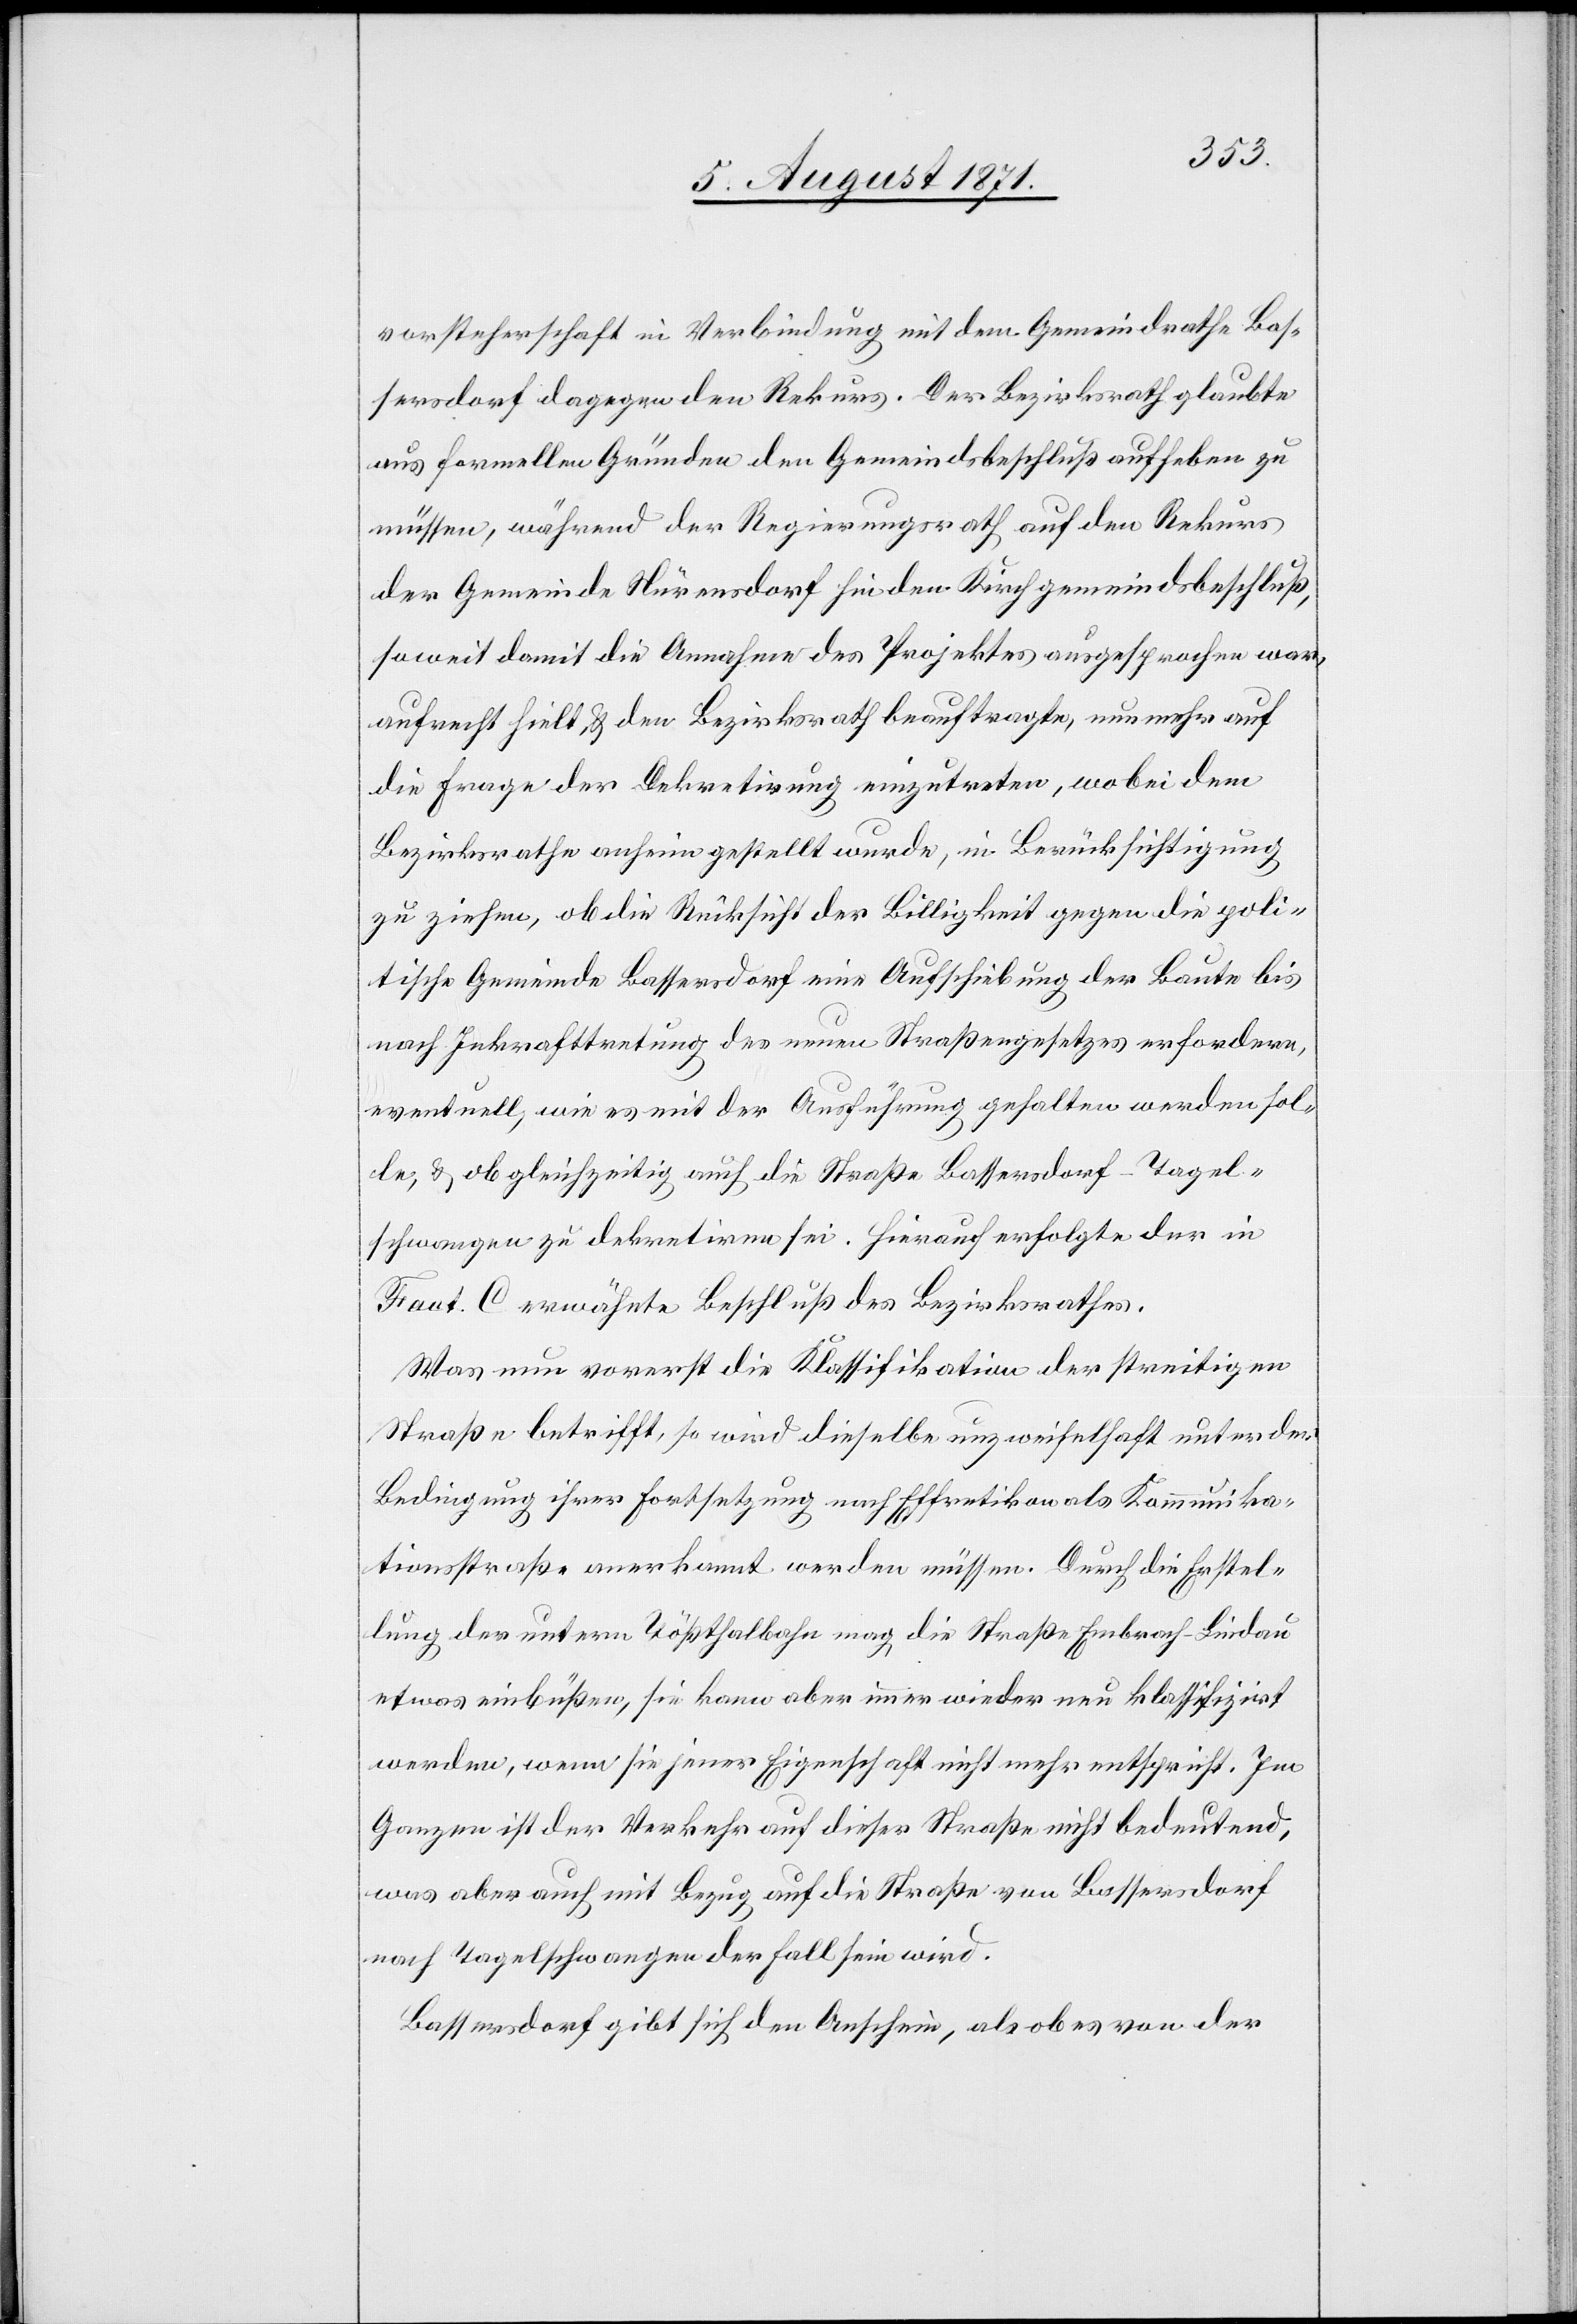
vorsteherschaft in Verbindung mit dem Gemeindrathe Bas¬
sersdorf dagegen den Rekurs. Der Bezirksrath glaubte
aus formellen Gründen den Gemeindsbeschluß aufheben zu
müssen, während der Regierungsrath auf den Rekurs
der Gemeinde Nürensdorf hin den Kirchgemeindsbeschluß,
soweit damit die Annahme des Projektes ausgesprochen war,
aufrecht hielt, u. den Bezirksrath beauftragte, nunmehr auf
die Frage der Dekretirung einzutreten, wo bei dem
Bezirksrathe anheim gestellt wurde, in Berücksichtigung
zu ziehen, ob die Rücksicht der Billigkeit gegen die poli¬
tische Gemeinde Bassersdorf eine Ausschiebung der Baute bis
nach Inkrafttretung des neuen Straßengesetzes erfordere,
eventuell, wie es mit der Ausführung gehalten werden sol¬
le, u. ob gleichzeitig auch die Straße Bassersdorf–Tagel¬
schwangen zu dekretiren sei. Hierauf erfolgte der in
Fact. C erwähnte Beschluß des Bezirksrathes.
Was nun vorerst die Klassifikation der streitigen
Straße betrifft, so wird dieselbe unzweifelhaft unter der
Bedingung ihrer Fortsetzung nach Effretikon als Kommunika¬
tionsstraße anerkannt werden müssen. Durch die Erstel¬
lung der untern Tößthalbahn mag die Straße Embrach–Lindau
etwas einbüßen, sie kann aber immer wieder neu klassifizirt
werden, wenn sie jener Eigenschaft nicht mehr entspricht. Im
Ganzen ist der Verkehr auf dieser Straße nicht bedeutend,
was aber auch mit Bezug auf die Straße von Bassersdorf
nach Tagelschwangen der Fall sein wird.
Bassersdorf gibt sich den Anschein, als ob es von der